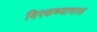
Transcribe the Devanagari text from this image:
विरकच्यावास